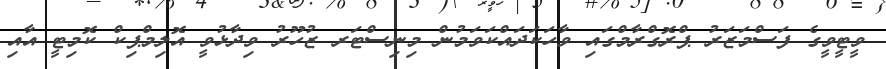
ވީޓީވީގެ ފަސްމަޒަރު ޕްރޮގްރާމްގައި ވާހަކަދައްކަވަމުން މިނިސްޓަރ ޒުހޫރު ވިދާޅުވީ އޮލިމްޕިކް ކޮމިޓީ އާއި